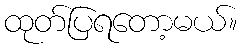
ထုတ်ပြရတော့မယ်။